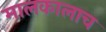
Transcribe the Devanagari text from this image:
मालकालाच